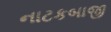
નાટકબાજી